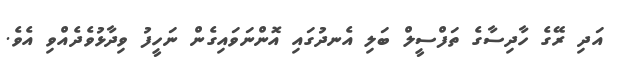
އަދި ރޭގެ ހާދިސާގެ ތަފްސީލް ބަލި އެނދުގައި އޮންނަވައިގެން ނަހީފު ވިދާޅުވެދެއްވި އެވެ.